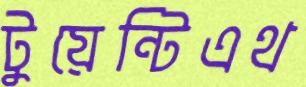
টুয়েন্টিএথ